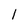
Character: 1